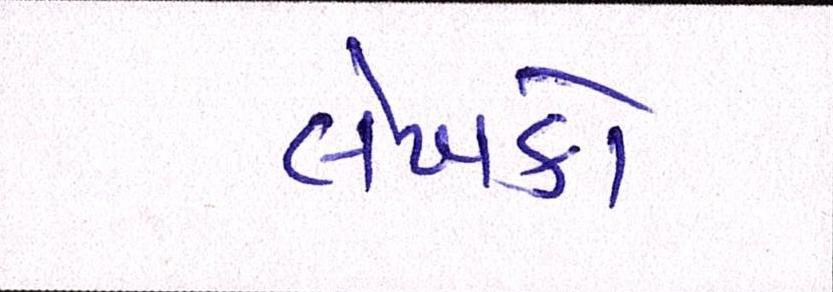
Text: લેખકો